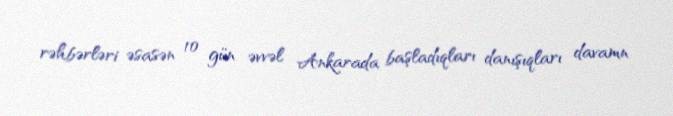
rəhbərləri əsasən 10 gün əvvəl Ankarada başladıqları danışıqları davamn